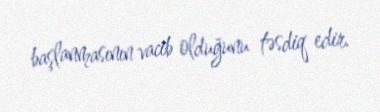
başlanmasının vacib olduğunu təsdiq edir.